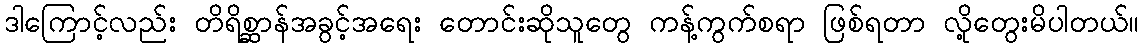
ဒါကြောင့်လည်း တိရိစ္ဆာန်အခွင့်အရေး တောင်းဆိုသူတွေ ကန့်ကွက်စရာ ဖြစ်ရတာ လို့တွေးမိပါတယ်။